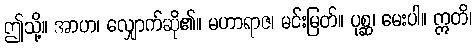
ဤသို့။ အာဟ၊ လျှောက်ဆို၏။ မဟာရာဇ၊ မင်းမြတ်။ ပုစ္ဆ၊ မေးပါ။ ဣတိ၊